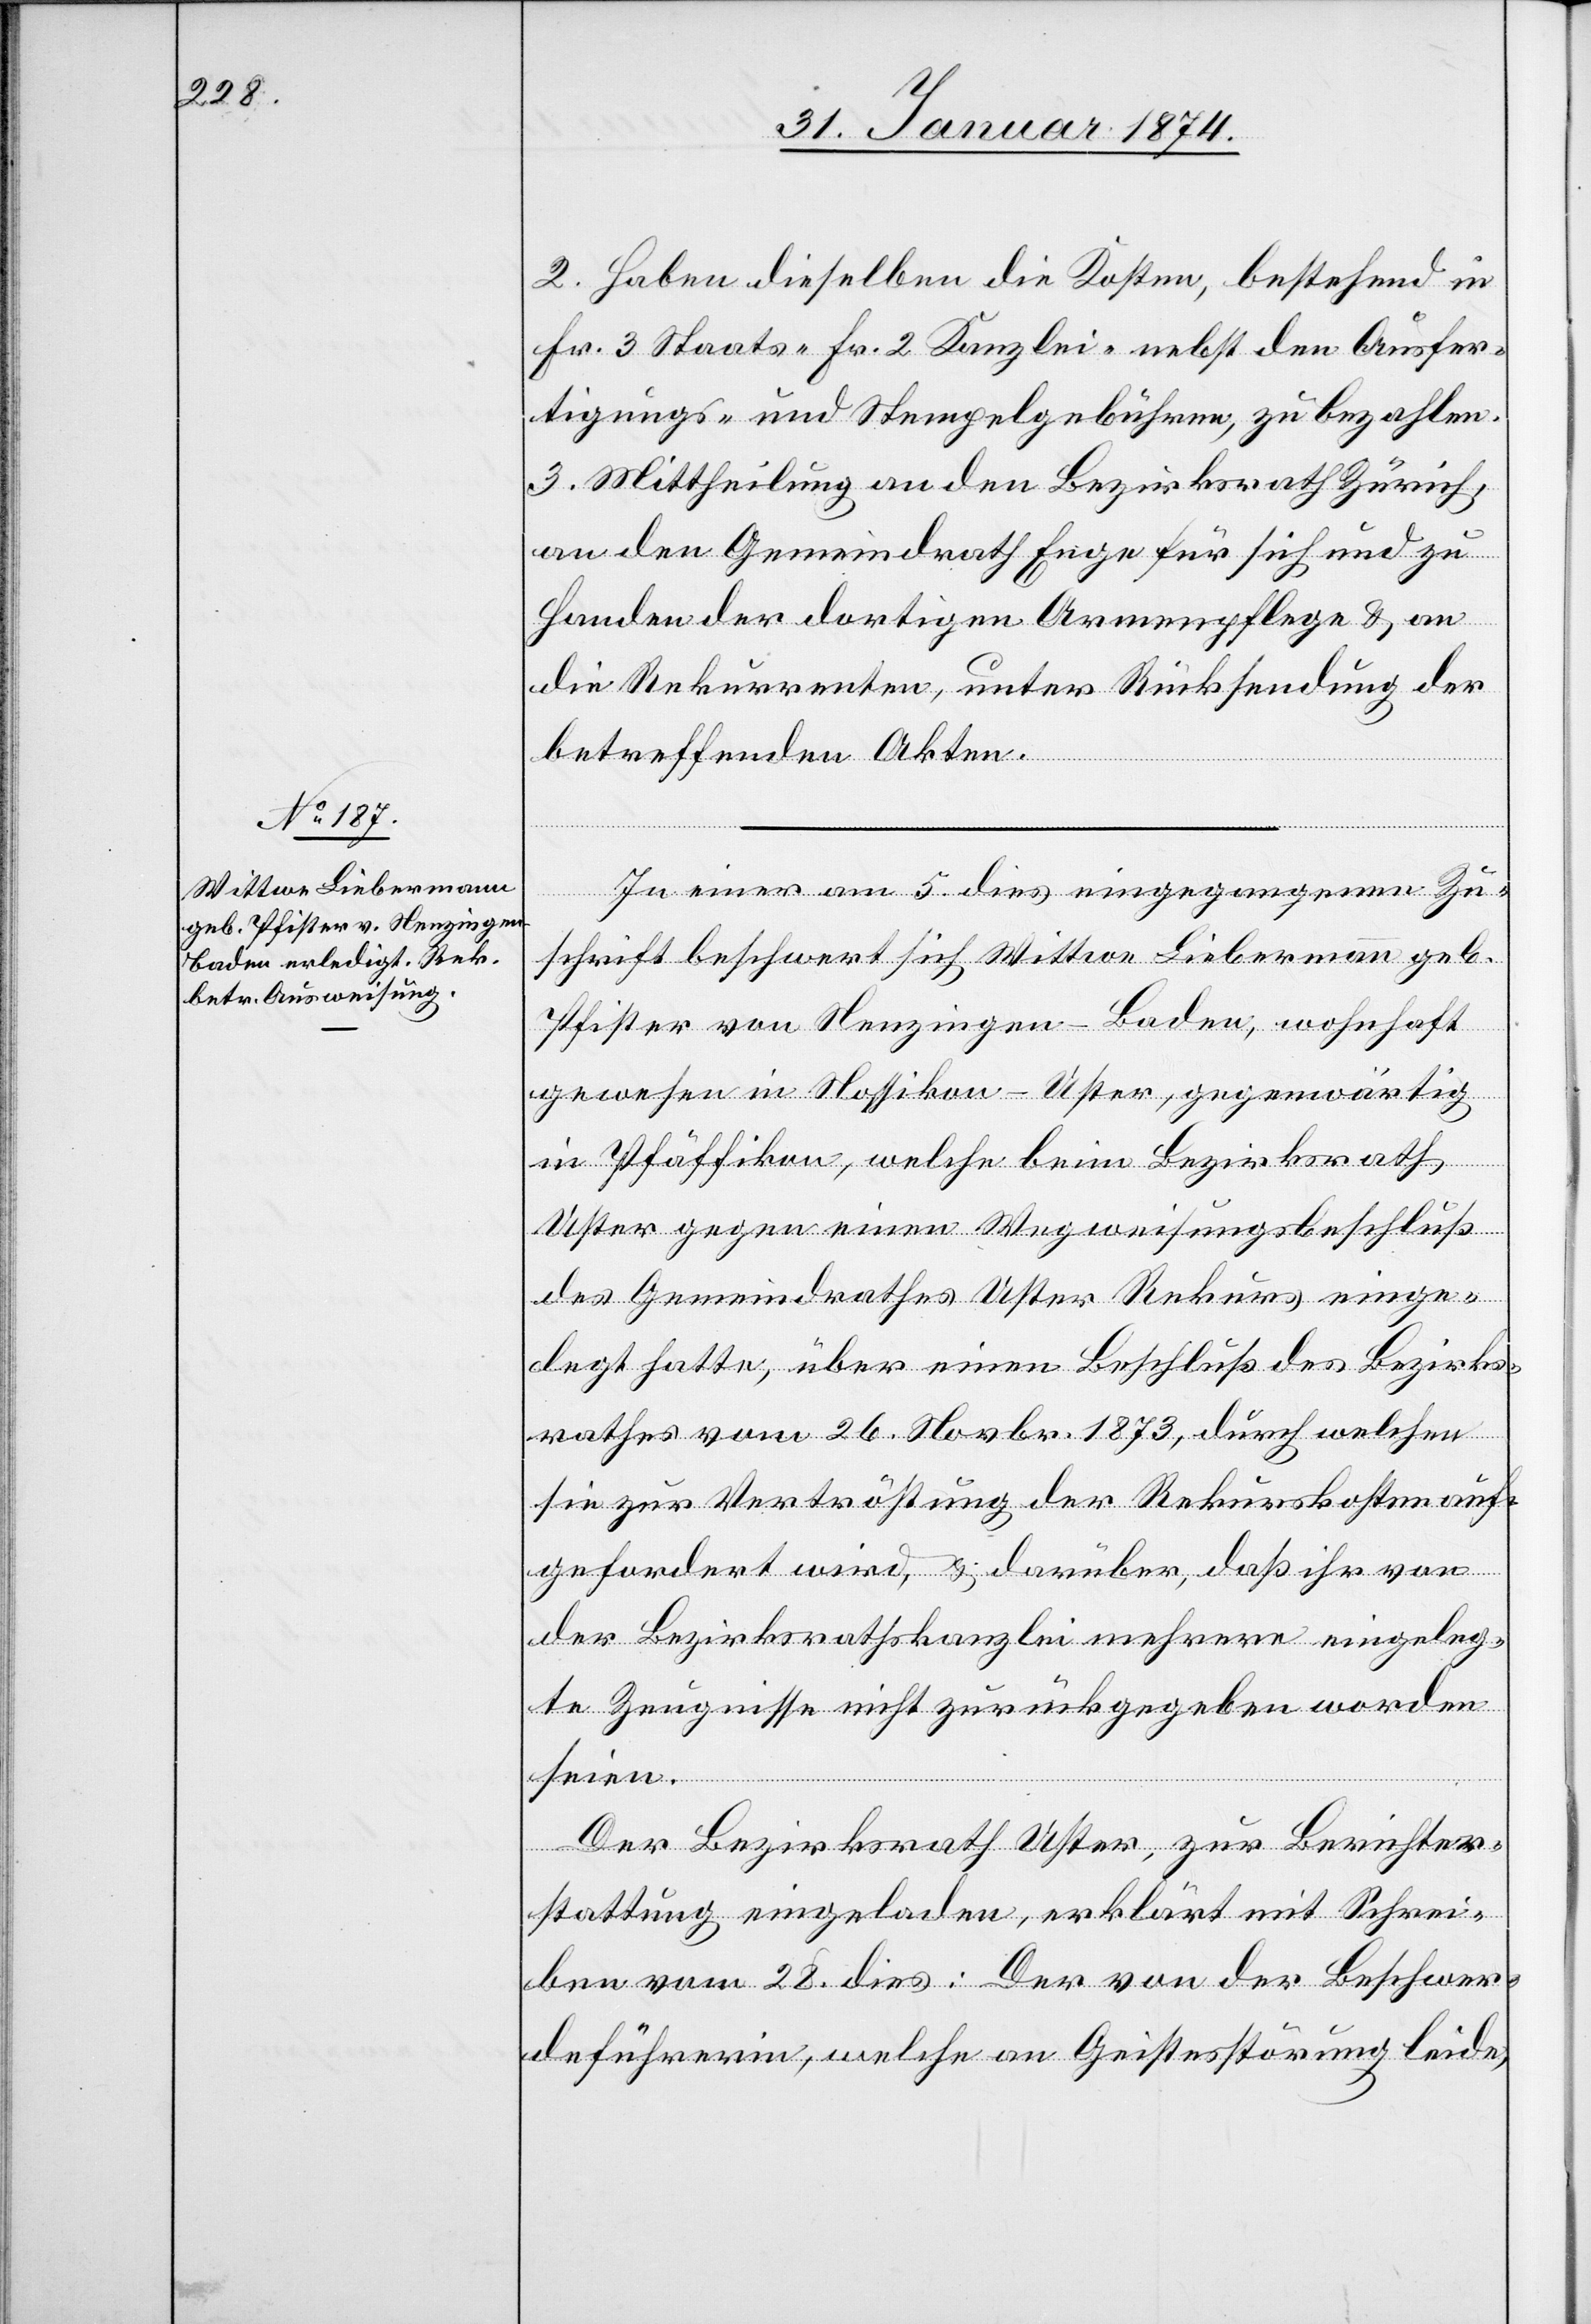
2. Haben dieselben die Kosten, bestehend in
Fr. 3 Staats-[,] Fr. 2 Kanzlei- nebst den Ausfer¬
tigungs- und Stempelgebühren, zu bezahlen.
3. Mittheilung an den Bezirksrath Zürich,
an den Gemeindrath Enge für sich und zu
Handen der dortigen Armenpflege & an
die Rekurrenten, unter Rücksendung der
betreffenden Akten.
In einer am 5. dies eingegangenen Zu¬
schrift beschwert sich Wittwe Liebermann geb.
Pfister von Nenzingen-Baden, wohnhaft
gewesen in Nossikon-Uster, gegenwärtig
in Pfäffikon, welche beim Bezirksrath
Uster gegen einen Wegweisungsbeschluß
des Gemeindrathes Uster Rekurs einge¬
legt hatte, über einen Beschluß des Bezirks¬
rathes vom 26. Novbr. 1873, durch welchen
sie zur Vertröstung der Rekurskosten auf¬
gefordert wird, & darüber, daß ihr von
der Bezirksrathskanzlei mehrere eingeleg¬
te Zeugnisse nicht zurückgegeben worden
seien.
Der Bezirksrath Uster, zur Berichter¬
stattung eingeladen, erklärt mit Schrei¬
ben vom 28. dies: Der von der Beschwer¬
deführerin, welche an Geistesstörung leide,